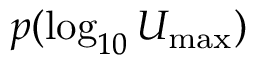
p ( \log _ { 1 0 } U _ { \mathrm { m a x } } )